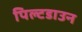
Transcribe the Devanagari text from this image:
पिल्टडाउन